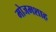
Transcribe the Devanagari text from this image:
मोजमशाह